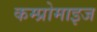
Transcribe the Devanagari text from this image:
कम्प्रोमाइज